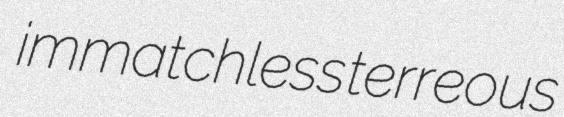
immatchless terreous